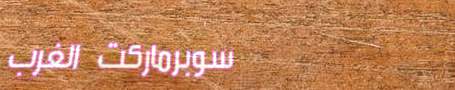
سوبرماركت الغرب